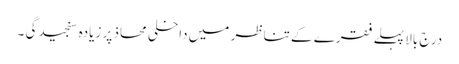
درج بالا پہلے فقرے کے تناظر میں داخلی محاذ پر زیادہ سنجیدگی ۔